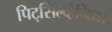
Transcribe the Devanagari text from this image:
पिट्‌सिल्व्हेनिया